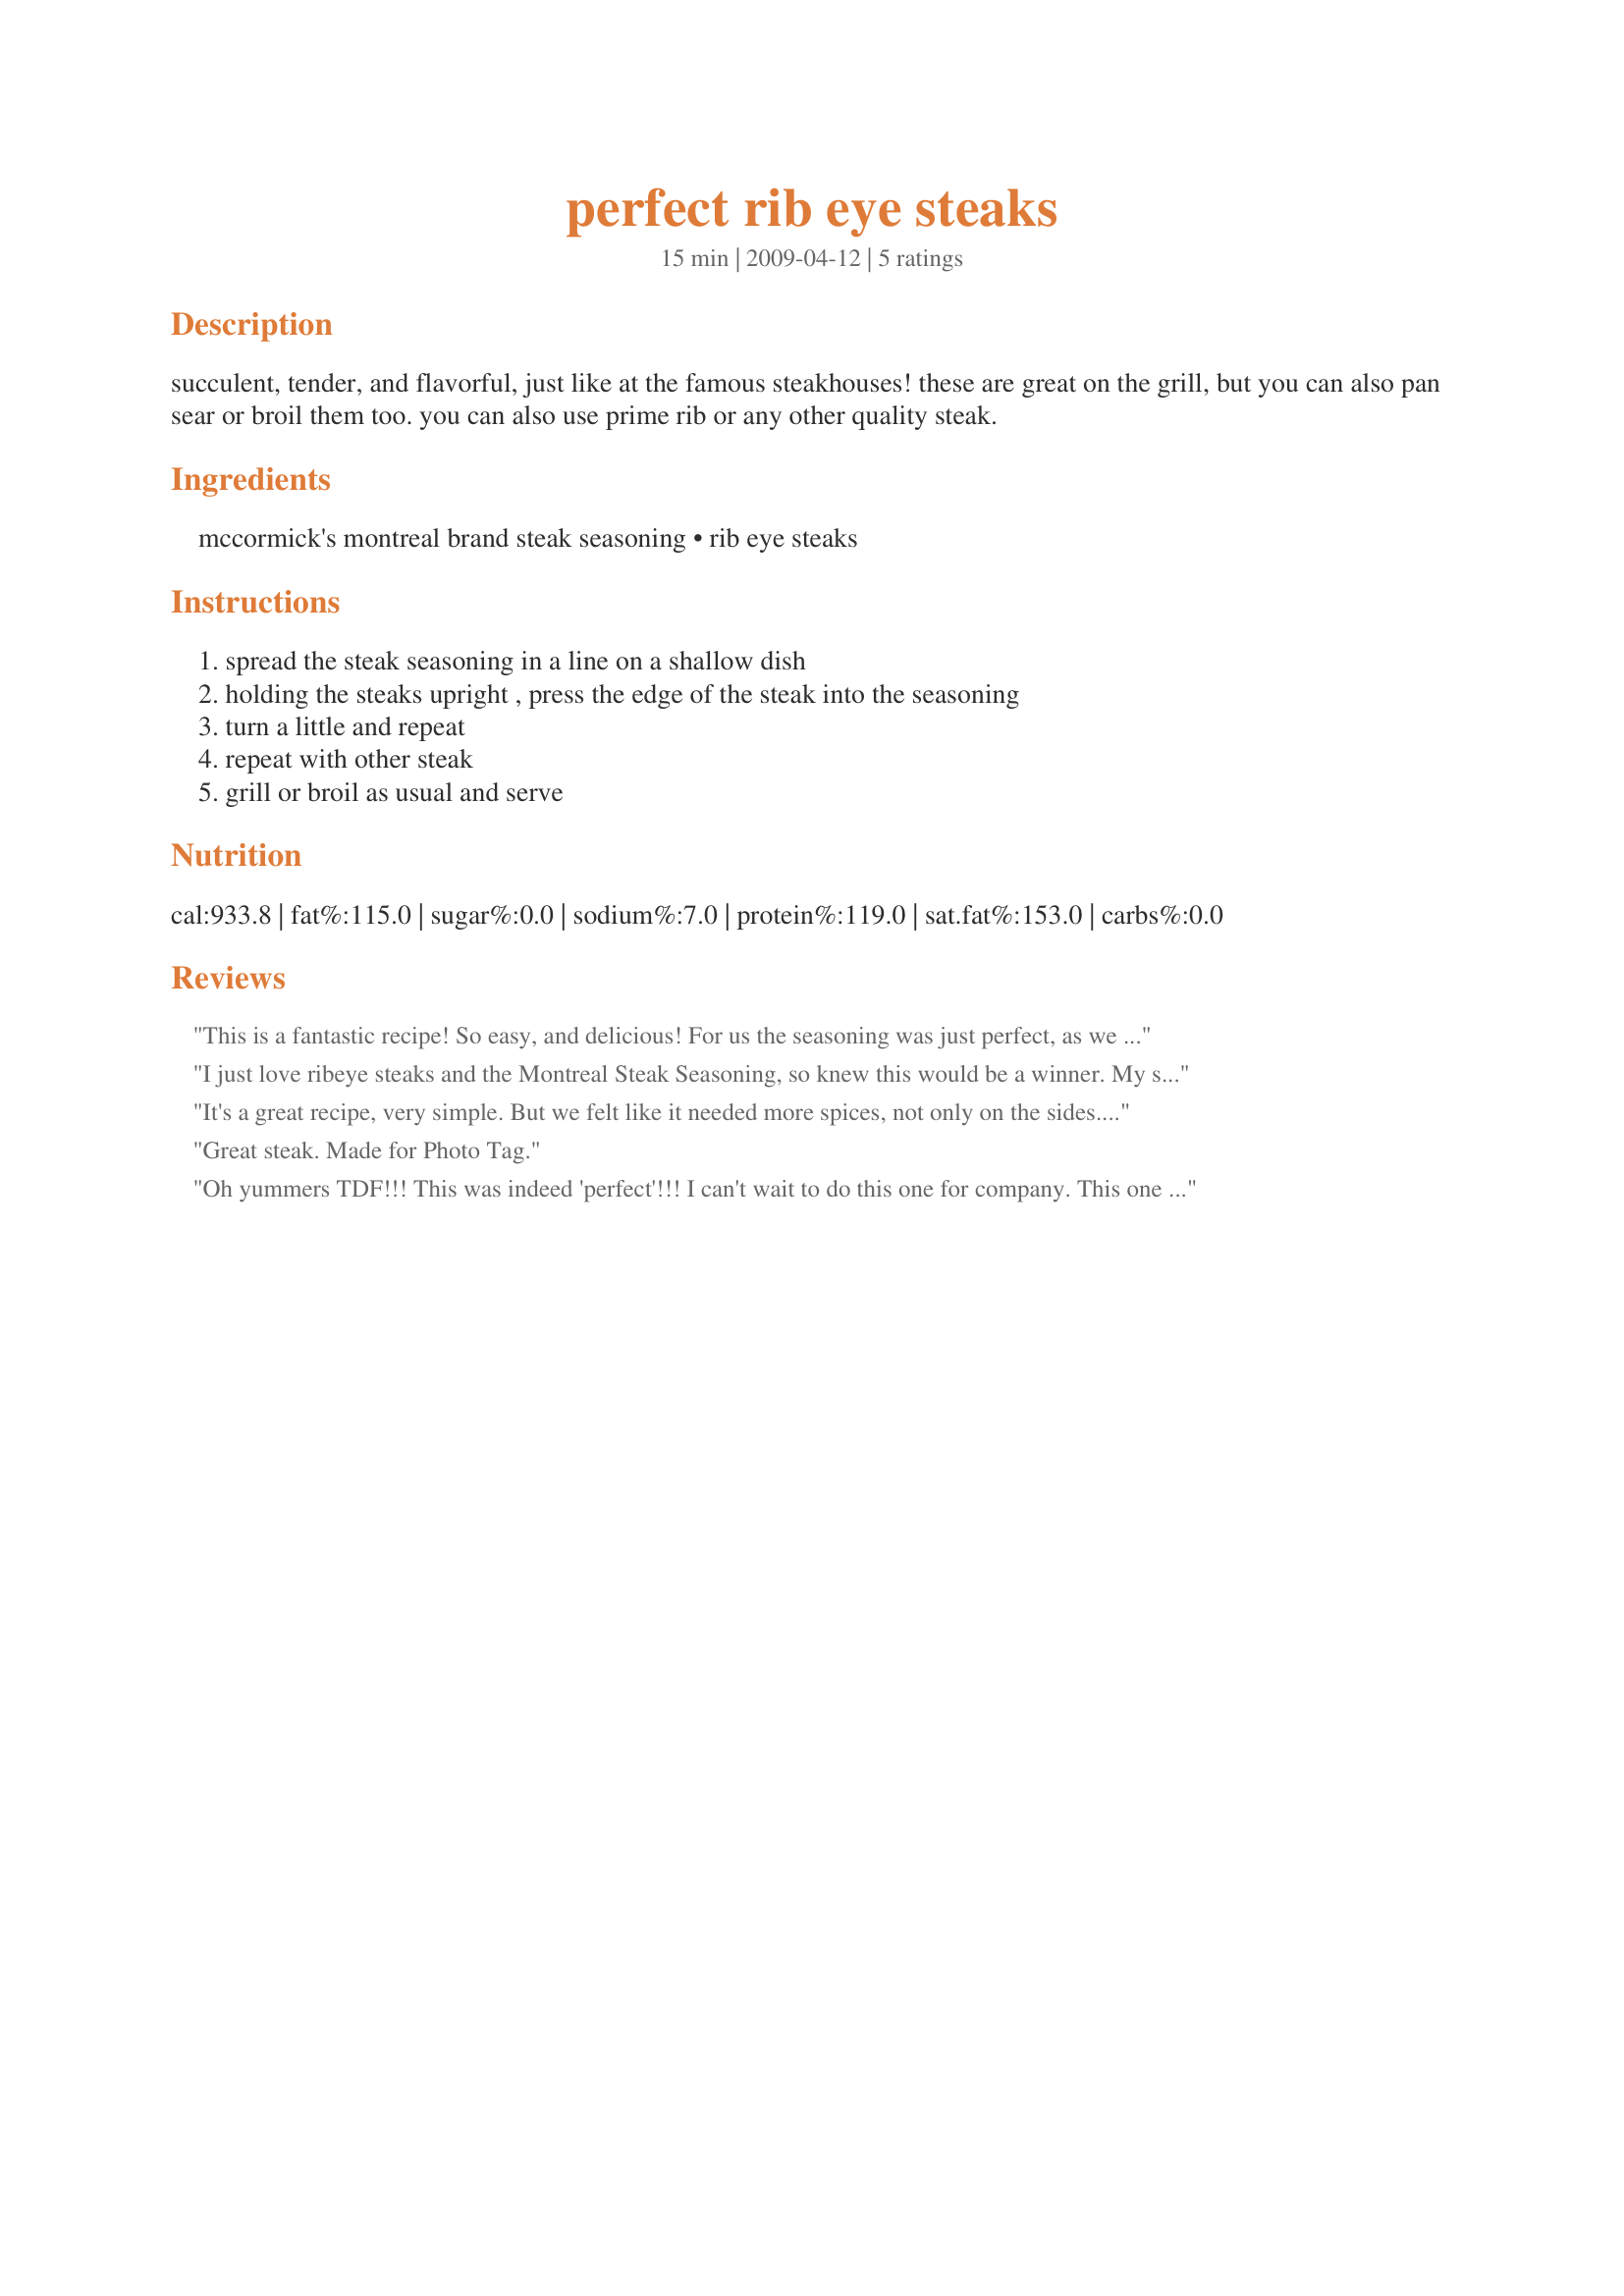
perfect rib eye steaks
Preparation time: 15 minutes

succulent, tender, and flavorful, just like at the famous steakhouses! these are great on the grill, but you can also pan sear or broil them too. you can also use prime rib or any other quality steak.

Ingredients:
mccormick's montreal brand steak seasoning, rib eye steaks

Steps:
spread the steak seasoning in a line on a shallow dish, holding the steaks upright , press the edge of the steak into the seasoning, turn a little and repeat, repeat with other steak, grill or broil as usual and serve

Reviews:
This is a fantastic recipe! So easy, and delicious! For us the seasoning was just perfect, as we don't like the seasoning to overwhelm the flavor of a good steak! Thanks 2Bleu! Just great! Made for PRMR.
I just love ribeye steaks and the Montreal Steak Seasoning, so knew this would be a winner. My store had their ribeyes on sale and they were so marbled and flavorful, just loved the steak. Next time I would do as Boomette suggested, season all sides of the steak for more of the seasoning flavor. Thanks for sharing the recipe. Made for I Recommend Tag Game.
It's a great recipe, very simple. But we felt like it needed more spices, not only on the sides. Another time, we may sprinkle more on the steaks. Thanks 2Bleu. Made for PRMR.
Great steak. Made for Photo Tag.
Oh yummers TDF!!! This was indeed 'perfect'!!! I can't wait to do this one for company. This one automatically goes into my best of 2009 cookbook! 2Bleu - you guys outdid yourselves on this fantastically simple steak! Thanks so much for a new favorite!! Made for I Recommend tag.
